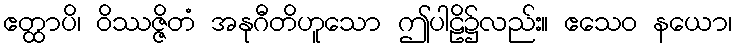
ဧတ္ထာပိ၊ ဝိဿဇ္ဇိတံ အနုဂီတိဟူသော ဤပါဠိ၌လည်း။ ဧသေဝ နယော၊